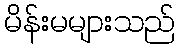
မိန်းမများသည်